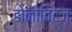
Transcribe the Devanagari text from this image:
डोनाविट्ज़